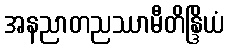
အနညာတညဿာမီတိန္ဒြိယံ